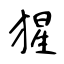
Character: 猩